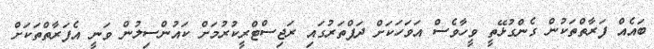
ބައެއް ފަރާތްތަކުން ގެންގުޅޭތީ ވީހާވެސް އަވަހަކަށް ދަފްތަރުގައި ރަޖިސްޓްރީކުރުމަށް ކައުންސިލުން ވަނީ އެފަރާތްތަކަށް